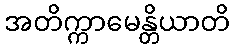
အတိက္ကာမေန္တိယာတိ